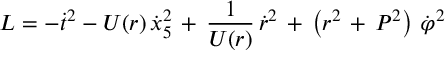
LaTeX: L = - { \dot { t } } ^ { 2 } - U ( r ) \, { \dot { x } _ { 5 } } ^ { 2 } \, + \, \frac { 1 } { U ( r ) } \, { \dot { r } } ^ { 2 } \, + \, \left( r ^ { 2 } \, + \, P ^ { 2 } \right) \, { \dot { \varphi } } ^ { 2 }